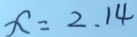
x = 2 . 1 4